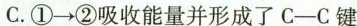
C.①\rightarrow ②吸收能量并形成了C-C键